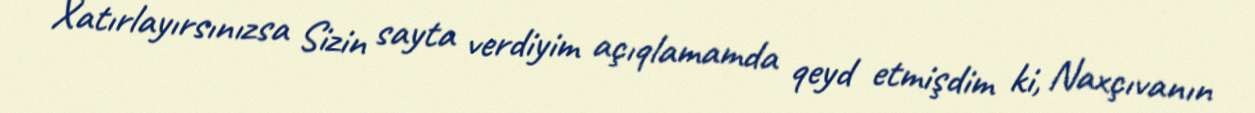
Xatırlayırsınızsa Sizin sayta verdiyim açıqlamamda qeyd etmişdim ki, Naxçıvanın